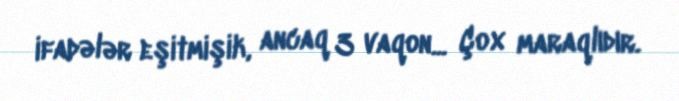
ifadələr eşitmişik, ancaq 3 vaqon... Çox maraqlıdır.